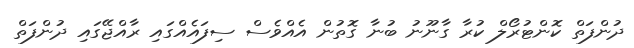
ދުންފަތް ކޮންޓުރޯލް ކުރާ ގާނޫނު ބުނާ ގޮތުން އެއްވެސް ސިފައެއްގައި ރާއްޖޭގައި ދުންފަތް